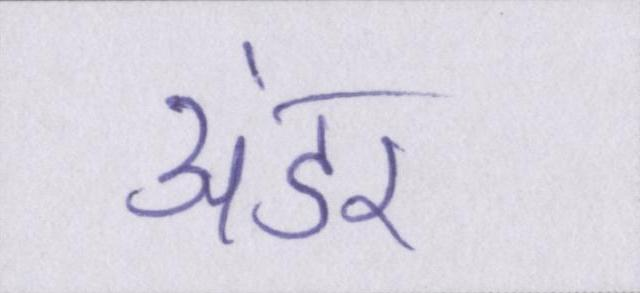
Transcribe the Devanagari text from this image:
अंडर